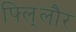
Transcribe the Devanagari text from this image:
फ्लि्लौर